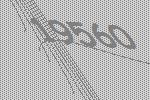
19560